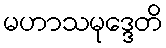
မဟာသမုဒ္ဒေတိ